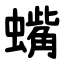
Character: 蟕